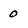
Character: 0